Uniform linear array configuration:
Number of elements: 16
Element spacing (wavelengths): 0.25
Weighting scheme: binomial
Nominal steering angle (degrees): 60
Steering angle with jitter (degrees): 58.818
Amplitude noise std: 0.05
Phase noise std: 0.05

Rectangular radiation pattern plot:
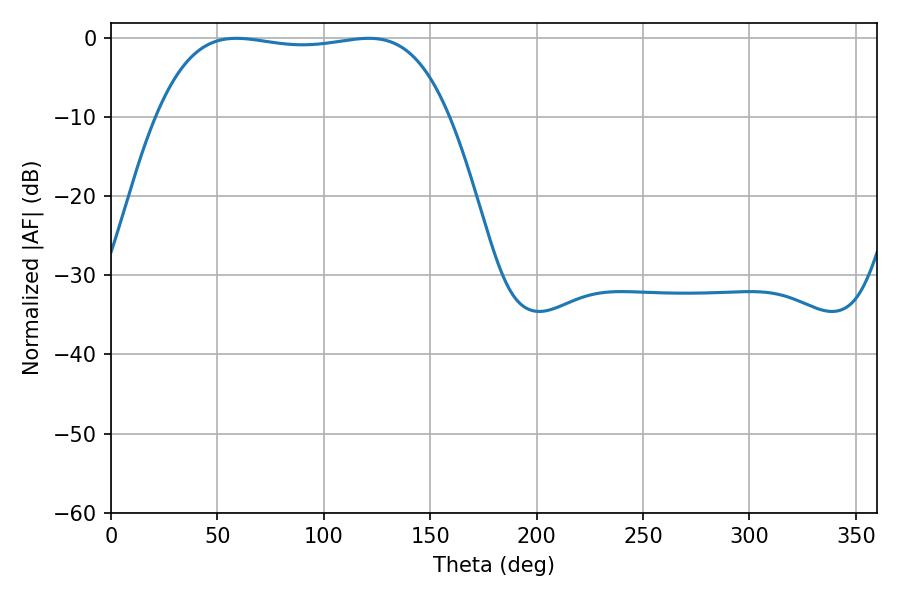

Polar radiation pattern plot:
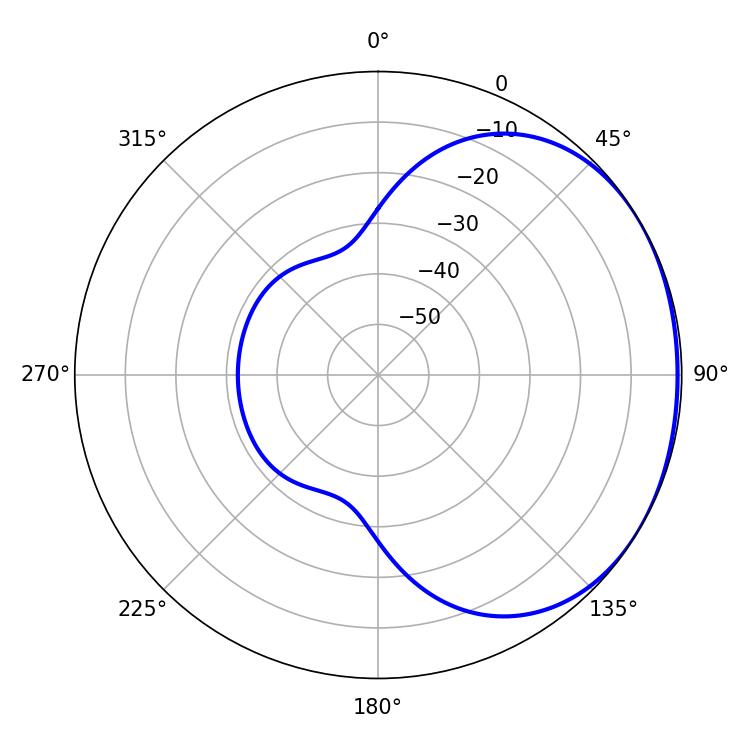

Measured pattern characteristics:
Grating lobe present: FALSE
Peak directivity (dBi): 1.217
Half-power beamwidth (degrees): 108.72
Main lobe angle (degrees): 58.86